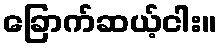
ခြောက်ဆယ့်ငါး။